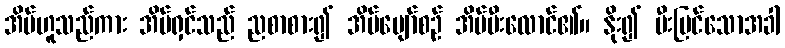
အိမ်ဟူသည်ကား အိမ်ရှင်သည် ညစာစား၍ အိပ်ပျော်စဉ် အိမ်မီးလောင်၏။ နိုး၍ မီးမြင်သောအခါ